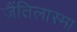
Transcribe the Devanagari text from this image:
जैंतिलास्मा